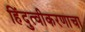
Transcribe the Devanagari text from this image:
हिंदुत्वीकरणाचा